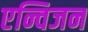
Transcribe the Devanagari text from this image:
एन्विजन